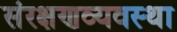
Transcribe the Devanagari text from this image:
संरक्षणव्यवस्था